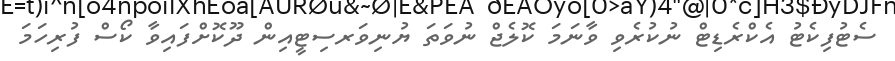
ސެޓުފިކެޓު އެކްރެޑިޓް ނުކުރެވި ވާނަމަ ކޮލެޖް ނުވަތަ ޔުނިވަރސިޓީއިން ދޫކޮށްފައިވާ ކޯސް ފުރިހަމަ